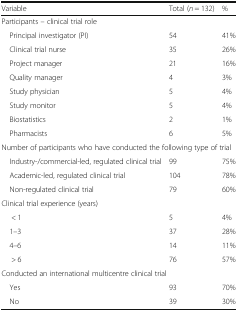
| Variable | Total (n = 132) | % |
 | --- | --- | --- |
 | <COLSPAN=3> Participants – clinical trial role |
 | Principal investigator (PI) | 54 | 41% |
 | Clinical trial nurse | 35 | 26% |
 | Project manager | 21 | 16% |
 | Quality manager | 4 | 3% |
 | Study physician | 5 | 4% |
 | Study monitor | 5 | 4% |
 | Biostatistics | 2 | 1% |
 | Pharmacists | 6 | 5% |
 | <COLSPAN=3> Number of participants who have conducted the following type of trial |
 | Industry-/commercial-led, regulated clinical trial | 99 | 75% |
 | Academic-led, regulated clinical trial | 104 | 78% |
 | Non-regulated clinical trial | 79 | 60% |
 | <COLSPAN=3> Clinical trial experience (years) |
 | < 1 | 5 | 4% |
 | 1–3 | 37 | 28% |
 | 4–6 | 14 | 11% |
 | > 6 | 76 | 57% |
 | <COLSPAN=3> Conducted an international multicentre clinical trial |
 | Yes | 93 | 70% |
 | No | 39 | 30% |